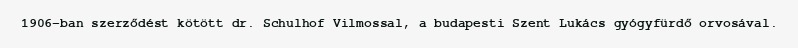
1906-ban szerződést kötött dr. Schulhof Vilmossal, a budapesti Szent Lukács gyógyfürdő orvosával.